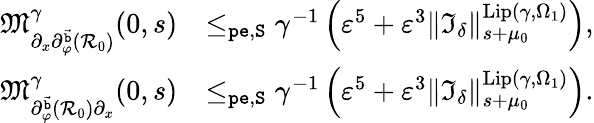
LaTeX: \begin{array}{rl}{\mathfrak{M}_{\partial_{x}\partial_{\varphi}^{\vec{\mathtt{b}}}(\mathcal{R}_{0})}^{\gamma}(0,s)}&{\le_{\mathtt{pe},\mathtt{S}}\gamma^{-1}\left(\varepsilon^{5}+\varepsilon^{3}\rVert\mathfrak{I}_{\delta}\rVert_{s+\mu_{0}}^{\mathrm{Lip}(\gamma,\Omega_{1})}\right),}\\ {\mathfrak{M}_{\partial_{\varphi}^{\vec{\mathtt{b}}}(\mathcal{R}_{0})\partial_{x}}^{\gamma}(0,s)}&{\le_{\mathtt{pe},\mathtt{S}}\gamma^{-1}\left(\varepsilon^{5}+\varepsilon^{3}\rVert\mathfrak{I}_{\delta}\rVert_{s+\mu_{0}}^{\mathrm{Lip}(\gamma,\Omega_{1})}\right).}\end{array}